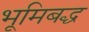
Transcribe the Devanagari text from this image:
भूमिबद्ध